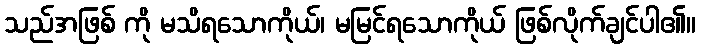
သည်အဖြစ် ကို မသိရသောကိုယ်၊ မမြင်ရသောကိုယ် ဖြစ်လိုက်ချင်ပါ၏။